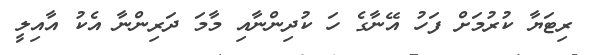
ރިޓަޔާ ކުރުމަށް ފަހު އޭނާގެ ހަ ކުދިންނާއި މާމަ ދަރިންނާ އެކު އާއިލީ